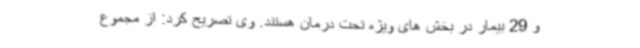
و 29 بیمار در بخش های ویژه تحت درمان هستند. وی تصریح کرد: از مجموع